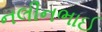
નલીનભાઈ